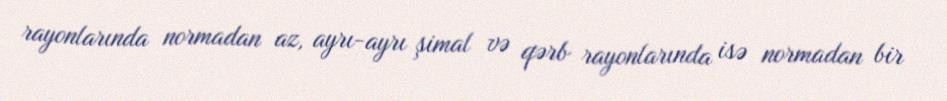
rayonlarında normadan az, ayrı-ayrı şimal və qərb rayonlarında isə normadan bir